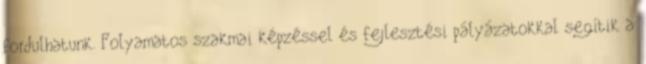
fordulhatunk. Folyamatos szakmai képzéssel és fejlesztési pályázatokkal segítik a